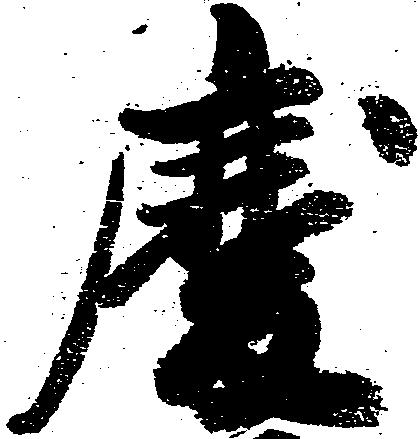
慶